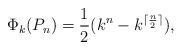
LaTeX: \begin{align*}\Phi_k(P_n) = \frac{1}{2}(k^n - k^{\lceil \frac{n}{2} \rceil}), \end{align*}